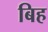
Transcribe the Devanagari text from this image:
बिह